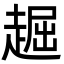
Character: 䞷